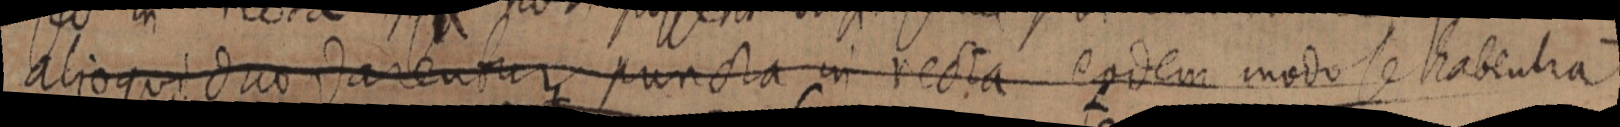
alioqui duo darentur puncta in recta eodem modo se habentia